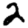
Digit: 2